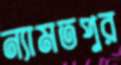
ন্যামতপুর